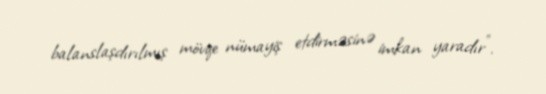
balanslaşdırılmış mövqe nümayiş etdirməsinə imkan yaradır”.